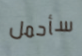
سأحمل